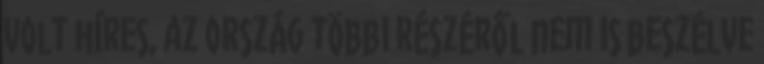
volt híres, az ország többi részéről nem is beszélve